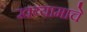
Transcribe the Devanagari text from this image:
खय्यामाचे